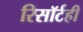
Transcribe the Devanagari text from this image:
रिसॉर्टही